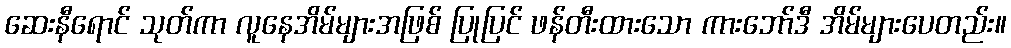
ဆေးနီရောင် သုတ်ကာ လူနေအိမ်များအဖြစ် ပြုပြင် ဖန်တီးထားသော ကားဘော်ဒီ အိမ်များပေတည်း။